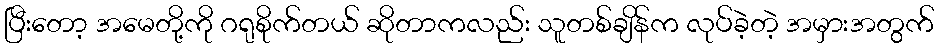
ပြီးတော့ အမေတို့ကို ဂရုစိုက်တယ် ဆိုတာကလည်း သူတစ်ချိန်က လုပ်ခဲ့တဲ့ အမှားအတွက်